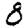
Digit: 8